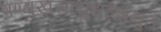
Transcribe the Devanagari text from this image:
षण्मुखसायुधईशनुते